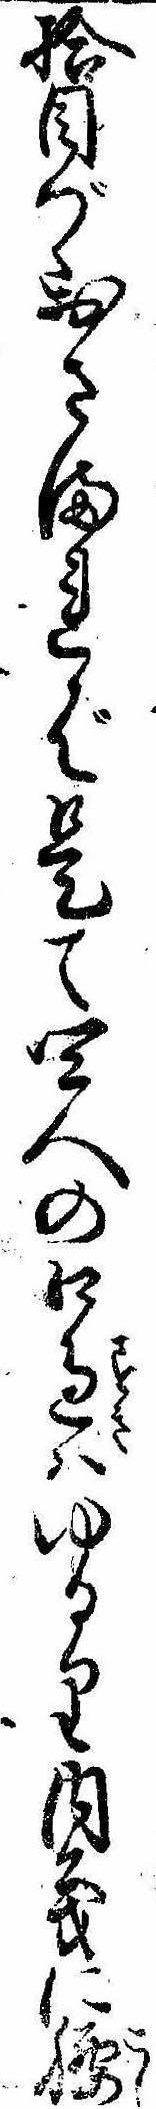
拾目づゝおさまれば是て四人の口過はゆるり内義に腰